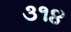
૩૧૪